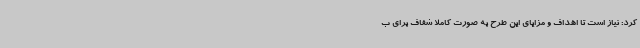
کرد: نیاز است تا اهداف و مزایای این طرح به صورت کاملا شفاف برای ب